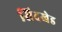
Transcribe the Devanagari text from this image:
सिदखेड